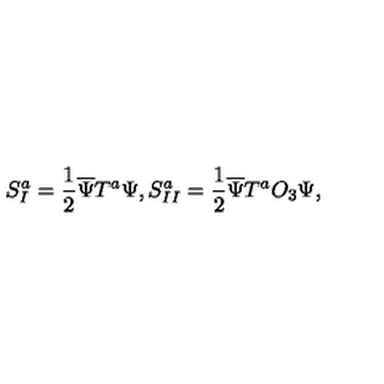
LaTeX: S _ { I } ^ { a } = \frac 1 2 \overline { \Psi } T ^ { a } \Psi , S _ { I I } ^ { a } = \frac 1 2 \overline { \Psi } T ^ { a } O _ { 3 } \Psi ,